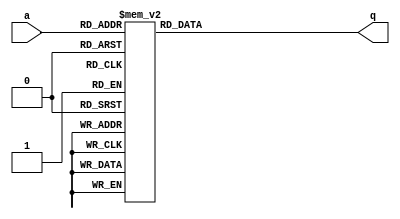
module top_module (
    input [2:0] a,
    output [15:0] q );
    
    always @(*)   begin
        case(a)
            3'd0: q = 16'h1232;
            3'd1: q = 16'haee0;
            3'd2: q = 16'h27d4;
            3'd3: q = 16'h5a0e;
            3'd4: q = 16'h2066;
            3'd5: q = 16'h64ce;
            3'd6: q = 16'hc526;
            3'd7: q = 16'h2f19; 
        endcase
    end

endmodule